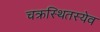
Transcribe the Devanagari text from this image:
चक्रस्थितस्येव